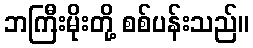
ဘကြီးမိုးတို့ စစ်ပန်းသည်။